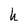
Character: h